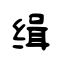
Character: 缉